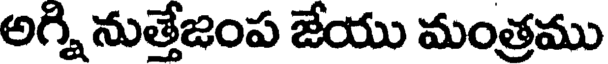
అగ్ని నుత్తేజంప జేయు మంత్రము